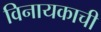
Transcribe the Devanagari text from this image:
विनायकाची